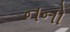
નનો